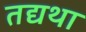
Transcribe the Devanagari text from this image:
तद्यथा